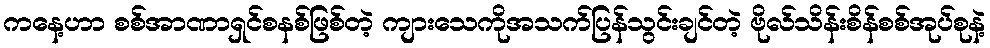
ကနေ့ဟာ စစ်အာဏာရှင်စနစ်ဖြစ်တဲ့ ကျားသေကိုအသက်ပြန်သွင်းချင်တဲ့ ဗိုလ်သိန်းစိန်စစ်အုပ်စုနဲ့